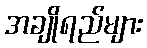
အချိုရည်များ